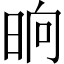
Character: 晌